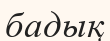
бадық